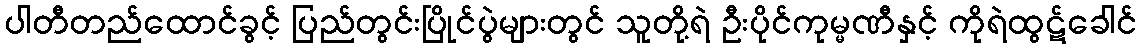
ပါတီတည်ထောင်ခွင့် ပြည်တွင်းပြိုင်ပွဲများတွင် သူတို့ရဲ ဦးပိုင်ကုမ္မဏီနှင့် ကိုရဲထွဋ်ခေါင်